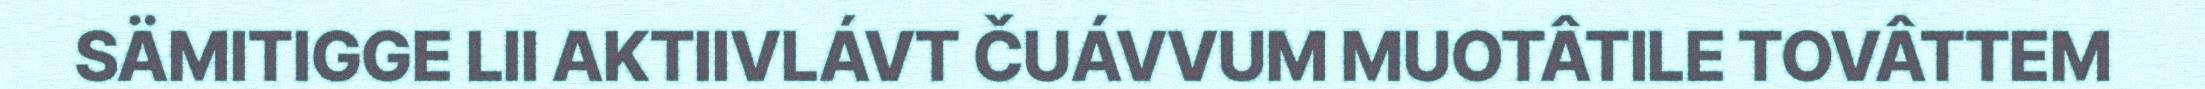
SÄMITIGGE LII AKTIIVLÁVT ČUÁVVUM MUOTÂTILE TOVÂTTEM